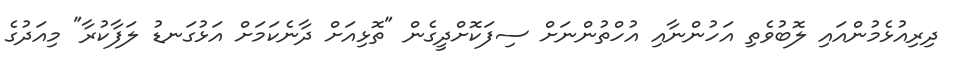
ދިރިއުޅެމުންއައި ލޮބުވެތި އަހުންނާއި އުހްތުންނަށް ސިފަކޮށްދީގެން "ތޮޅިއަށް ދާނެކަމަށް އަޅުގަނޑު ލަފާކުރާ" މިއަދުގެ